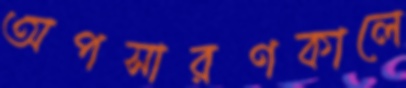
অপসারণকালে